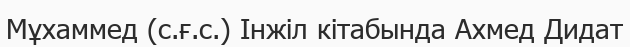
Мұхаммед (с.ғ.с.) Інжіл кітабында Ахмед Дидат